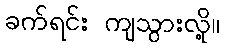
ခက်ရင်း ကျသွားလို့။